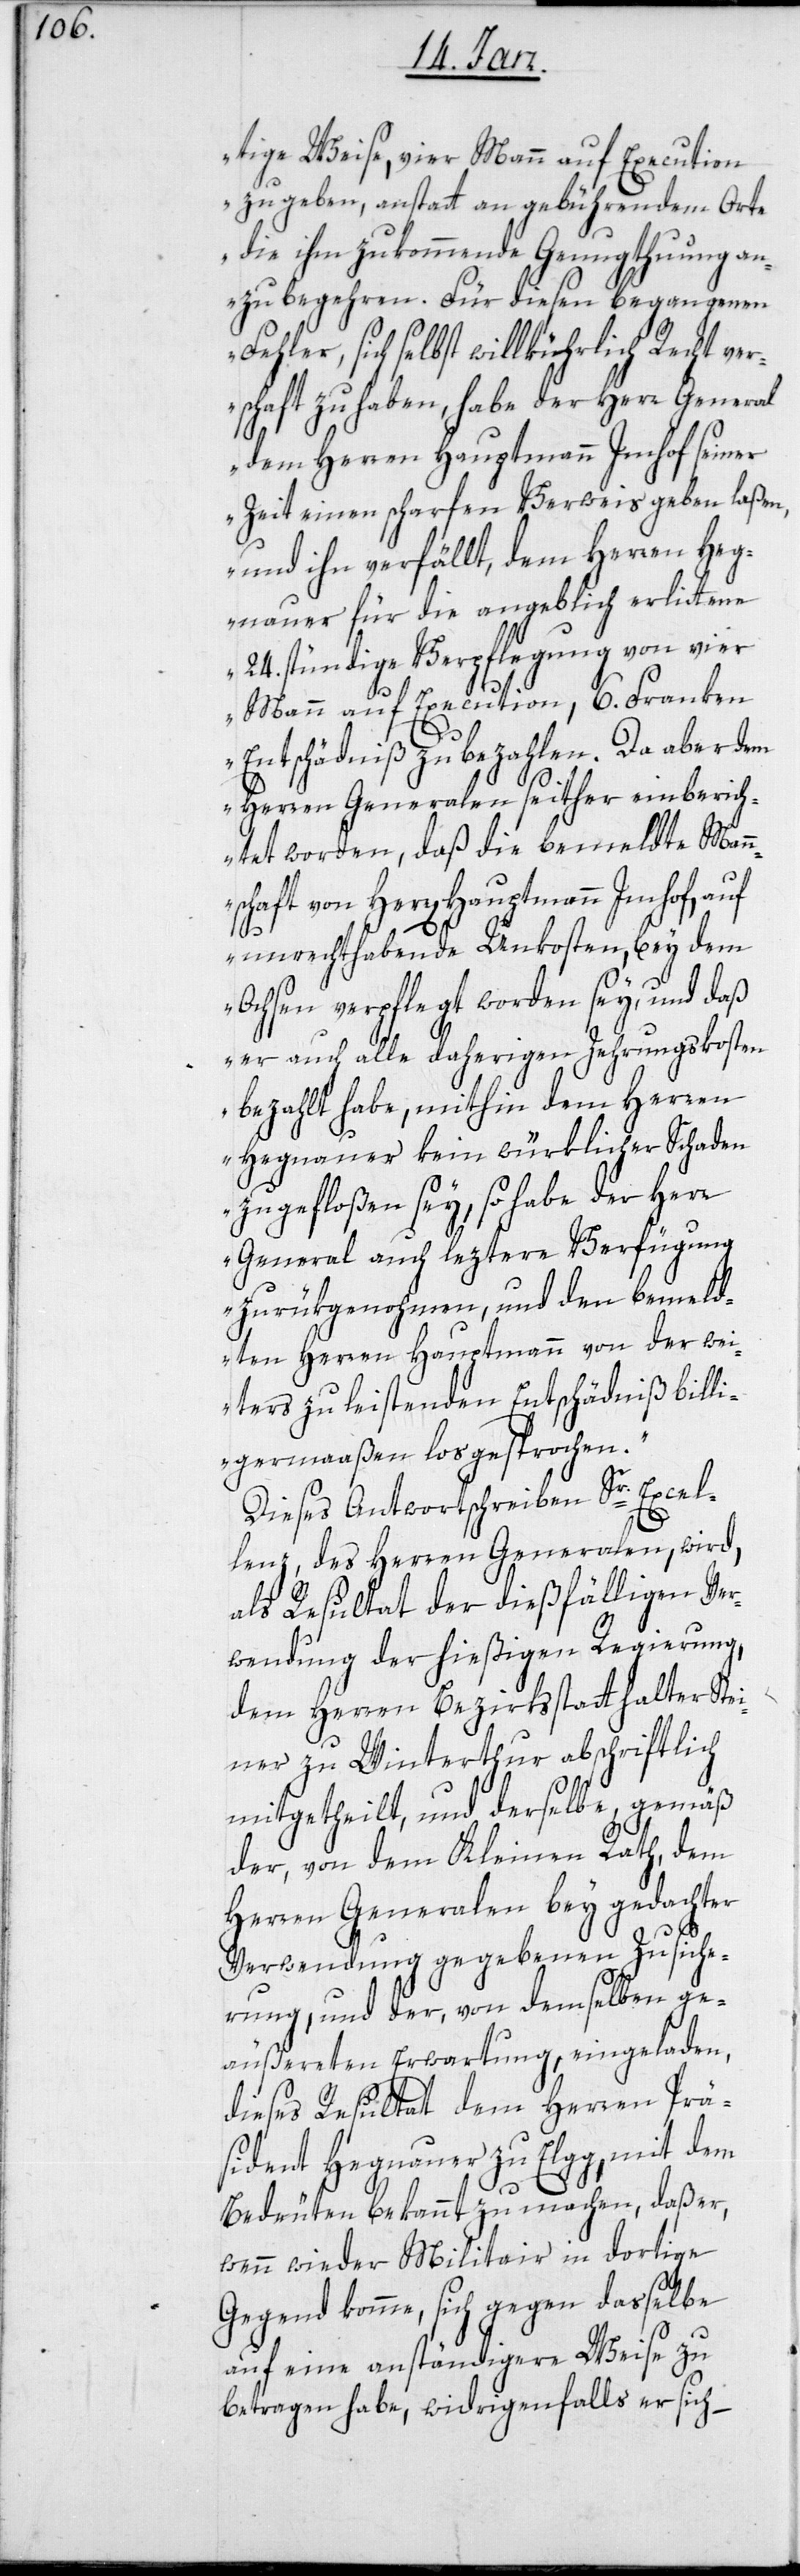
tige Weise, vier Mann auf Execution
zu geben, anstatt an gebührendem Orte
die ihm zukommende Genugthuung an¬
zubegehren. Für diesen begangenen
Fehler, sich selbst willkührlich Recht ver¬
schaft zu haben, habe der Herr General
dem Herren Hauptmann Imhof seiner
Zeit einen scharfen Verweis geben laßen,
und ihn verfällt, dem Herren Heg¬
nauer für die angeblich erlittene
24. stündige Verpflegung von vier
Mann auf Execution, 6. Franken
Entschädniß zu bezahlen. Da aber dem
Herren Generalen seither einberich¬
tet worden, daß die bemeldte Mann¬
schaft von Herr[en] Hauptmann Imhof, auf
unrechthabende Unkosten, bey dem
Ochsen verpflegt worden sey, und daß
er auch alle daherigen Zehrungskosten
bezahlt habe, mithin dem Herren
Hegnauer kein würklicher Schaden
zugefloßen sey, so habe der Herr
General auch leztere Verfügung
zurükgenohmen, und den bemeld¬
ten Herren Hauptmann von der wei¬
ters zu leistenden Entschädniß billi¬
germaaßen losgesprochen.“
Dieses Antwortschreiben Sr. Excel¬
lenz des Herren Generalen, wird
als Resultat der dießfälligen Ver¬
wendung der hießigen Regierung,
dem Herren Bezirksstatthalter Stei¬
ner zu Winterthur abschriftlich
mitgetheilt, und derselbe, gemäß
der, von dem Kleinen Rath, dem
Herren Generalen bey gedachter
Verwendung gegebenen Zusiche¬
rung, und der, von demselben ge¬
äußerten Erwartung, eingeladen,
dieses Resultat dem Herren Prä¬
sident Hegnauer zu Elgg, mit dem
Bedeuten bekannt zu machen, daß er,
wenn wieder Militair in dortige
Gegend komme, sich gegen dasselbe
auf eine anständigere Weise zu
betragen habe, widrigenfalls er sich